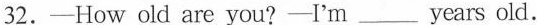
32.——How old are you?——I'm___ years old.